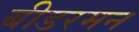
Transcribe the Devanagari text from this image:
बीडरमन